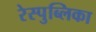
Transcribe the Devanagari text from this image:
रेस्पुब्लिका